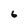
Character: 6